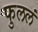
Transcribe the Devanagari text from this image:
फुललं